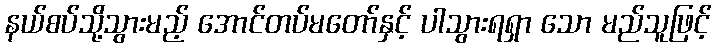
နယ်စပ်သို့သွားမည့် အောင်တပ်မတော်နှင့် ပါသွားရရှာ သော မည်သူဖြင့်